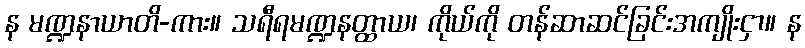
န မဏ္ဍနာယာတိ-ကား။ သရီရမဏ္ဍနတ္ထာယ၊ ကိုယ်ကို တန်ဆာဆင်ခြင်းအကျိုးငှာ။ န